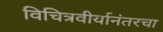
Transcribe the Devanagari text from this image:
विचित्रवीर्यानंतरचा